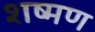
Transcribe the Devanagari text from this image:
शष्मण